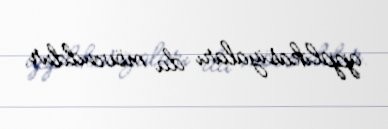
applikasiyaları da mövcuddur.